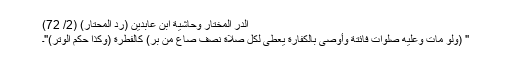
الدر المختار وحاشية ابن عابدين (رد المحتار) (2/ 72)
'' (ولو مات وعليه صلوات فائتة وأوصى بالكفارة يعطى لكل صلاة نصف صاع من بر) كالفطرة (وكذا حكم الوتر)''۔